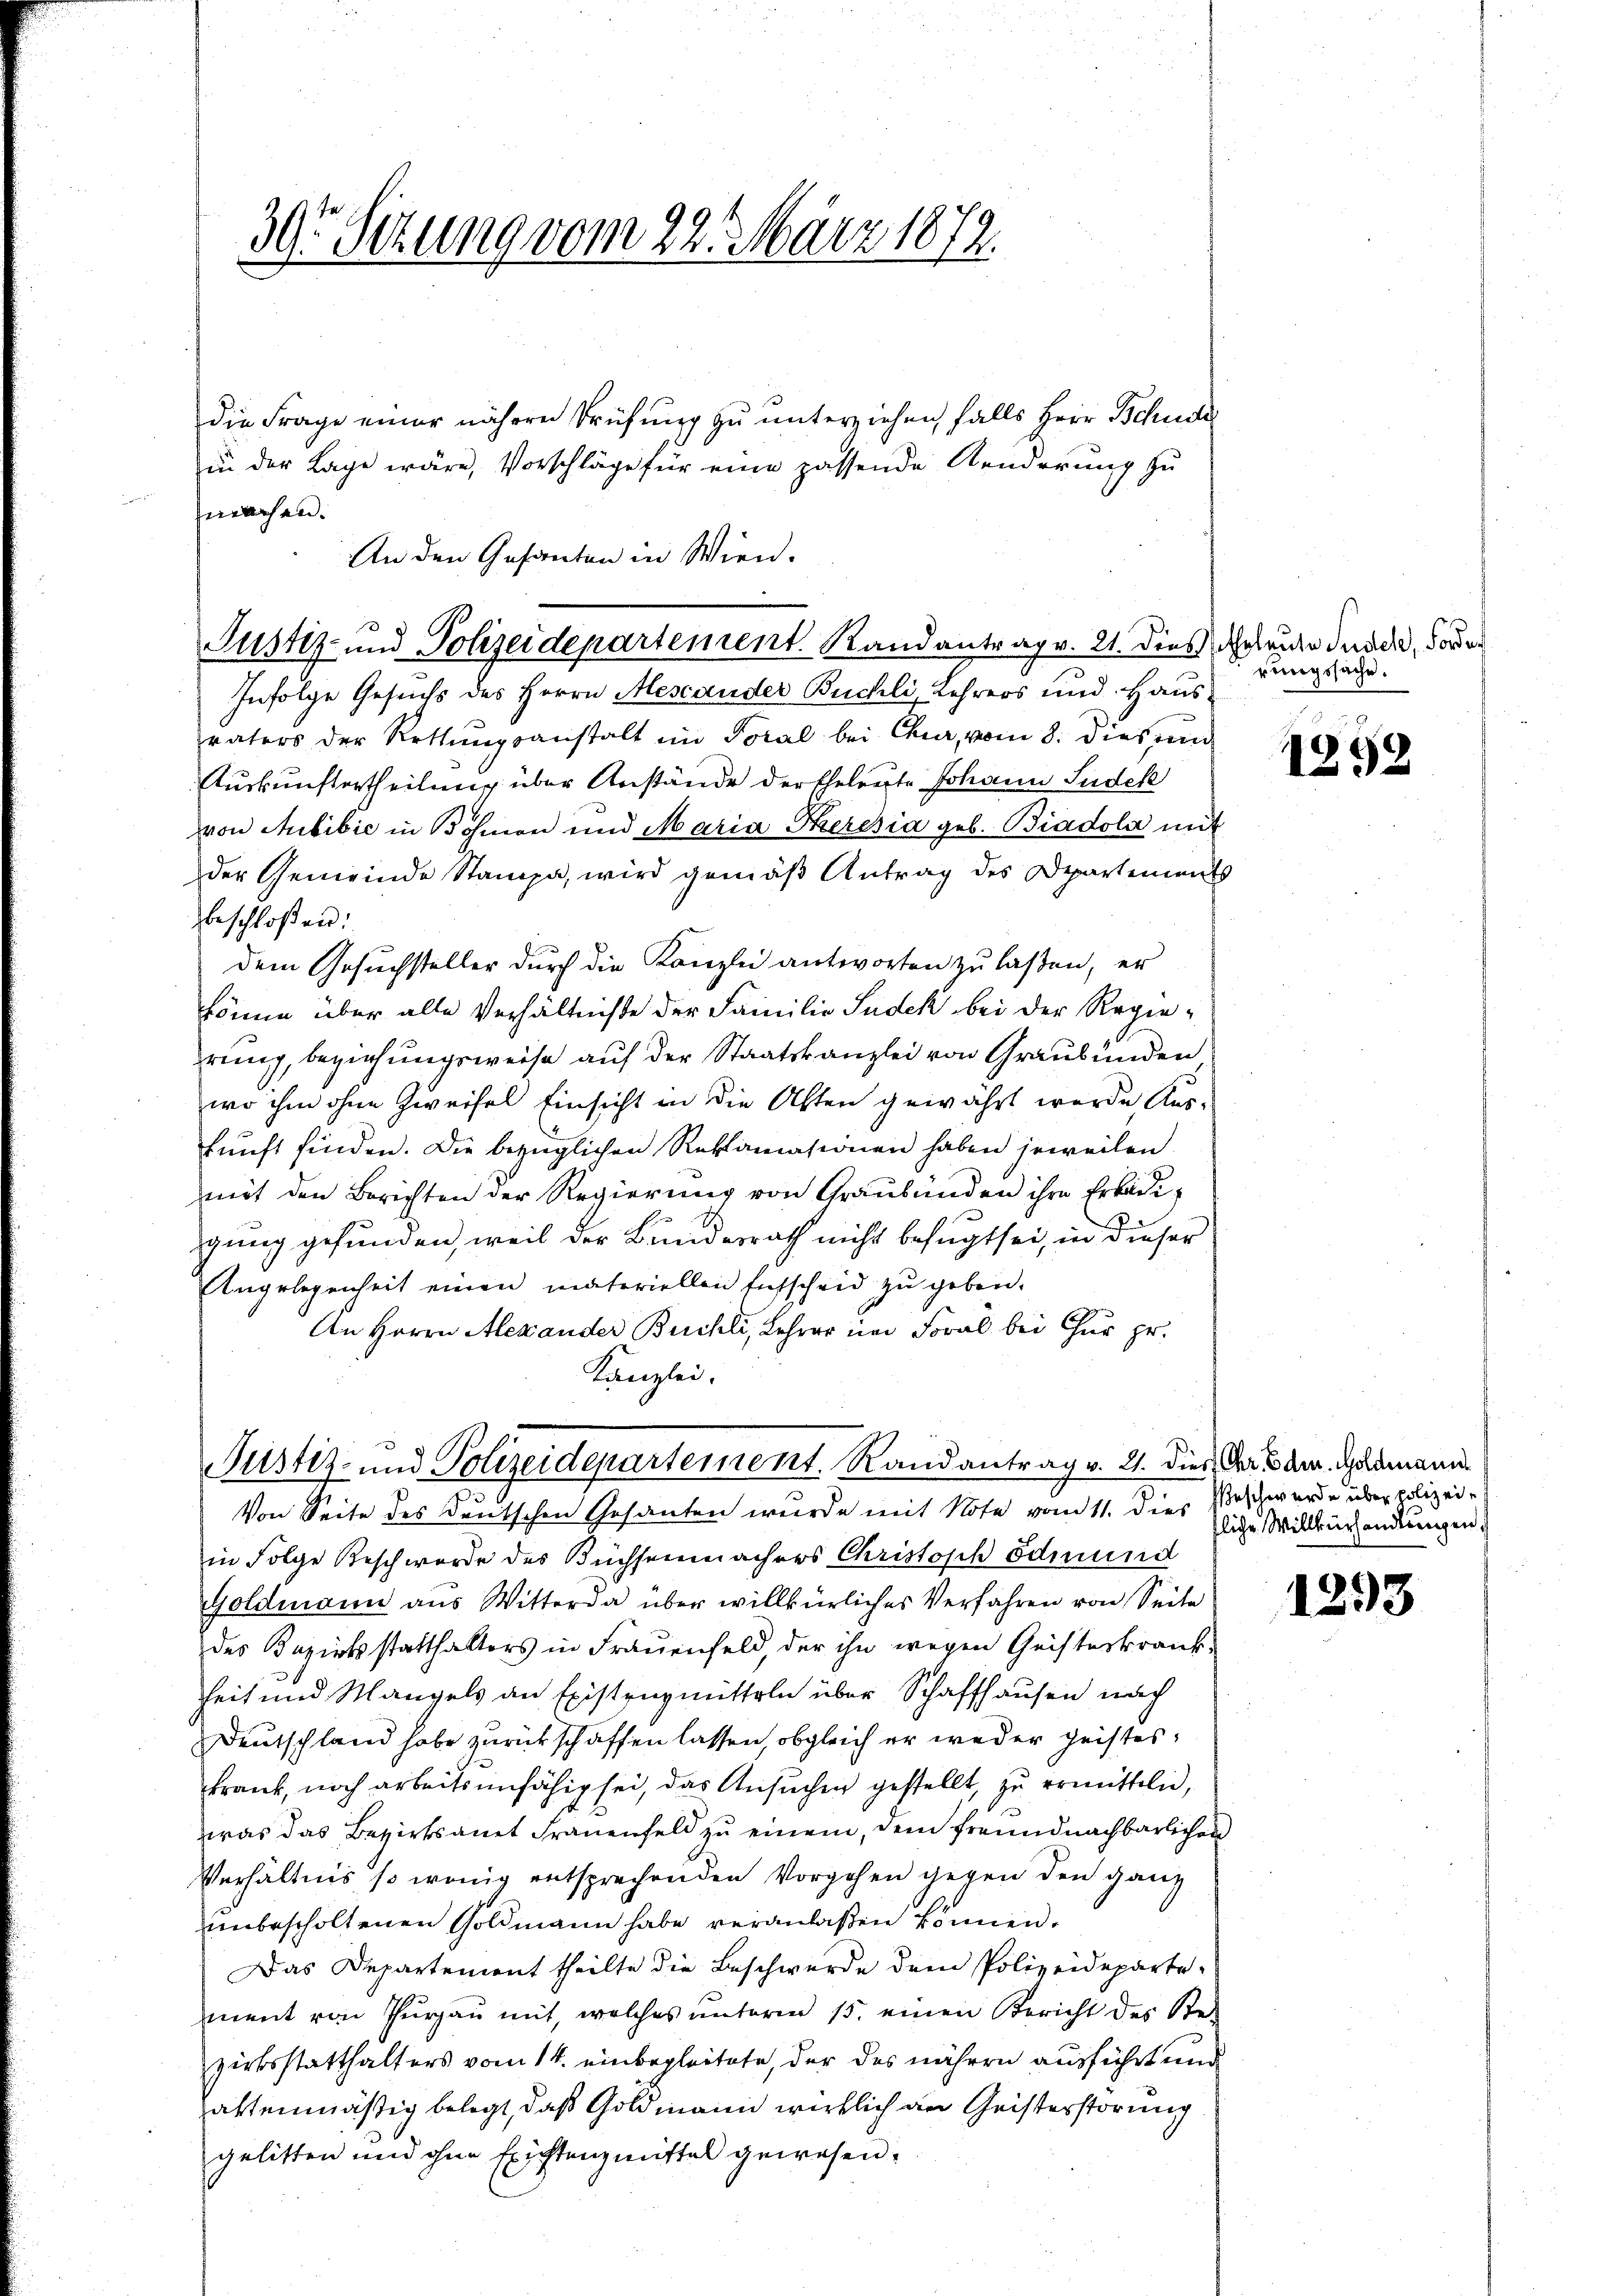
39 Sizung vom 22. März 1872.

machen.
An den Gesanten in Wien.

die Frage einer nähere Prüfung zu unterziehen, falls Herr Schuck
in der Lage wäre, Vorschläge für eine passende Aenderung zu

Justiz- und Polizeidepartement. Randantrag v. 21. dies Geruhe durch, Forde

Infolge Gesuchs des Herrn Aescauder Büchli, Lehrers und Hausvaters der Rettŭngsanstalt im Toral bei Chur, vom 8. dies un
Auskunftertheilung über Anstände der Eheleute Johann Sudek
von Subibić in Böhmen und Maria Theresia geb. Biadola mit
der Gemeinde Stampe, wird gemäß Antrag des Departements
beschloßen:
dem Gesuchsteller durch die Kanzlei antworten zu laßen, er
könne über alle Verhältniße der Familie Sudek bei der Regierung, beziehungsweise auf der Staatskanzlei von Graubünden
wo ihm ohne Zweifel Einsicht in die Alten gewährt werde Aus-
kunft finden. Die bezüglichen Reklamasionen haben jeweilen.
mit den Berichten der Regierung von Graubünden ihre Erkädigung gefunden, weil der Bundesrath nicht befugt sei, in dieser
Angelegenheit einen materiellen Entscheid zu geben.
An Herrn Alexander Buchli, Lehrer im Foral bei Chur pr.
Kanzlei,

Justiz- und Polizeidepartement. Randantrag v. 21. dies Garden. Alamann

Von Seite des deutschen Gesanten wurde mit Note vom 11. dies Beschwerde über polizeiin Folge Beschwerde des Büchsenmachers Christoph Edmund
Goldmann aus Witterda über willkürliches Verfahren von Seite
des Bezirksstatthalters in Frauenfeld, der ihn wegen Geisteskrank-
heit und Mangels an Existenzmitteln über Schaffhausen nach
Deutschland habe zurückschaffen lassen, obgleich er weder geistes,
Frank, noch arbeitsunfähig sei, das Ansuchen gestellt, zu ermittelnd,
was das Bezirksamt Frauenfeld zu einem, dem Freundnachbarlichen
Verhältnis so wenig entsprechenden Vorgehen gegen den ganz
unbescholtenen Goldmann habe veranlaßen können.
Das Departement theilte die Beschwerde dem Polizeideparte-
ment von Thurgau mit, welches unterm 15. einen Bericht des Ste-
zirksstatthalters vom 14. einbegleitete, der das nähern ausführt und
attenmäßig belegt, daß Goldmann wirklich an Geisterstörung
gelitten und ohne Existenzmittel gewesen.

rungssache.

1259

fliche Willkürhandlungen.

1293